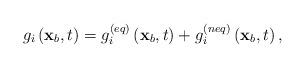
\begin{align*}{g_i}\left( {{{\bf{x}}_b},t} \right) = g_i^{\left( {eq} \right)}\left( {{{\bf{x}}_b},t} \right) + g_i^{\left( {neq} \right)}\left( {{{\bf{x}}_b},t} \right),\end{align*}